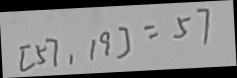
[ 5 7 , 1 9 ] = 5 7